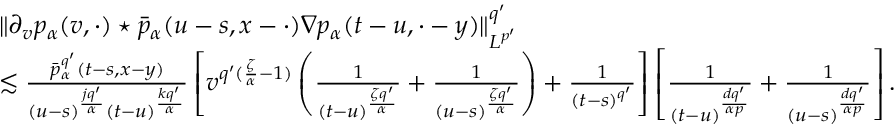
\begin{array} { r l } & { \Vert \partial _ { v } p _ { \alpha } ( v , \cdot ) \star \bar { p } _ { \alpha } ( u - s , x - \cdot ) \nabla p _ { \alpha } ( t - u , \cdot - y ) \Vert _ { L ^ { p ^ { \prime } } } ^ { q ^ { \prime } } } \\ & { \lesssim \frac { \bar { p } _ { \alpha } ^ { q ^ { \prime } } ( t - s , x - y ) } { ( u - s ) ^ { \frac { j q ^ { \prime } } { \alpha } } ( t - u ) ^ { \frac { k q ^ { \prime } } { \alpha } } } \left[ v ^ { q ^ { \prime } ( \frac { \zeta } { \alpha } - 1 ) } \left( \frac { 1 } { ( t - u ) ^ { \frac { \zeta q ^ { \prime } } { \alpha } } } + \frac { 1 } { ( u - s ) ^ { \frac { \zeta q ^ { \prime } } { \alpha } } } \right) + \frac { 1 } { ( t - s ) ^ { q ^ { \prime } } } \right] \left[ \frac { 1 } { ( t - u ) ^ { \frac { d q ^ { \prime } } { \alpha p } } } + \frac { 1 } { ( u - s ) ^ { \frac { d q ^ { \prime } } { \alpha p } } } \right] . } \end{array}